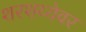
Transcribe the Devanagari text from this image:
शरशय्येवर